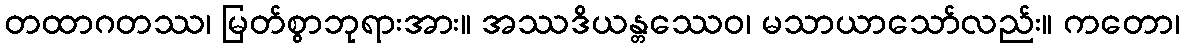
တထာဂတဿ၊ မြတ်စွာဘုရားအား။ အဿဒိယန္တဿေဝ၊ မသာယာသော်လည်း။ ကတော၊